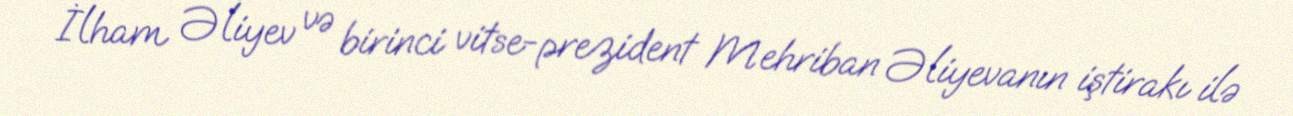
İlham Əliyev və birinci vitse-prezident Mehriban Əliyevanın iştirakı ilə